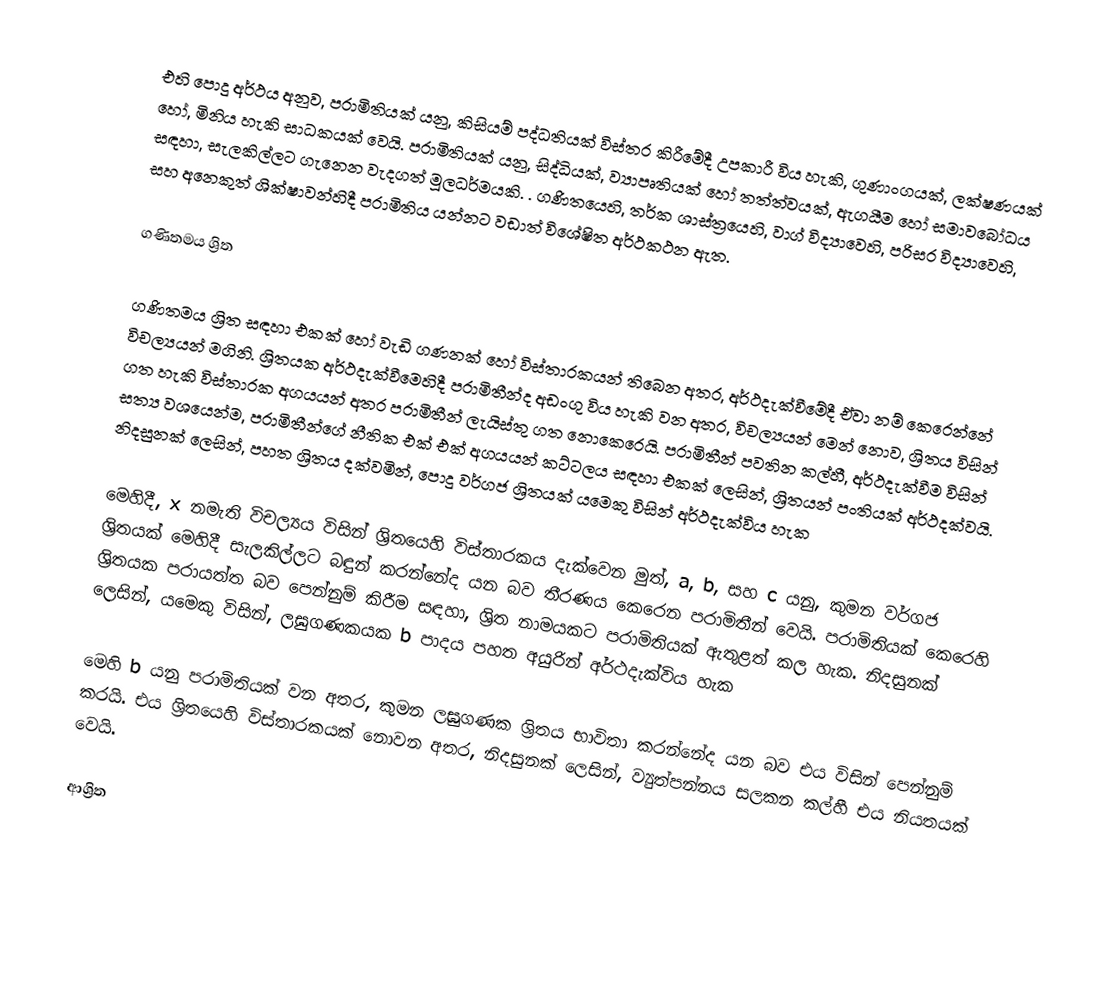
එහි පොදු අර්ථය අනුව, පරාමිතියක් යනු, කිසියම් පද්ධතියක් විස්තර කිරීමේදී උපකාරී විය හැකි, ගුණාංගයක්, ලක්ෂණයක් හෝ, මිනිය හැකි සාධකයක් වෙයි. පරාමිතියක් යනු, සිද්ධියක්, ව්‍යාපෘතියක් හෝ තත්ත්වයක්, ඇගයීම හෝ සමාවබෝධය සඳහා, සැලකිල්ලට ගැනෙන වැදගත් මූලධර්මයකි. .  ගණිතයෙහි, තර්ක ශාස්ත්‍රයෙහි, වාග් විද්‍යාවෙහි, පරිසර විද්‍යාවෙහි, සහ අනෙකුත් ශික්ෂාවන්හිදී  පරාමිතිය යන්නට වඩාත් විශේෂිත අර්ථකථන ඇත.

ගණිතමය ශ්‍රිත

ගණිතමය ශ්‍රිත සඳහා එකක් හෝ වැඩි ගණනක් හෝ විස්තාරකයන් තිබෙන අතර, අර්ථදැක්වීමේදී ඒවා නම් කෙරෙන්නේ විචල්‍යයන් මගිනි. ශ්‍රිතයක අර්ථදැක්වීමෙහිදී පරාමිතීන්ද අඩංගු විය හැකි වන අතර, විචල්‍යයන් මෙන් නොව, ශ්‍රිතය විසින් ගත හැකි විස්තාරක අගයයන් අතර පරාමිතීන් ලැයිස්තු ගත නොකෙරෙයි. පරාමිතීන් පවතින කල්හී, අර්ථදැක්වීම විසින් සත්‍ය වශයෙන්ම, පරාමිතීන්ගේ නීතික එක් එක් අගයයන් කට්ටලය සඳහා එකක් ලෙසින්, ශ්‍රිතයන් පංතියක් අර්ථදක්වයි. නිදසුනක් ලෙසින්, පහත ශ්‍රිතය දක්වමින්, පොදු වර්ගජ ශ්‍රිතයක් යමෙකු විසින් අර්ථදැක්විය හැක

මෙහිදී, x නමැති විචල්‍යය විසින් ශ්‍රිතයෙහි විස්තාරකය දැක්වෙන මුත්, a, b, සහ c යනු, කුමන වර්ගජ ශ්‍රිතයක් මෙහිදී සැලකිල්ලට බඳුන් කරන්නේද යන බව තීරණය කෙරෙන පරාමිතීන් වෙයි. පරාමිතියක් කෙරෙහි ශ්‍රිතයක පරායත්ත බව පෙන්නුම් කිරීම සඳහා, ශ්‍රිත නාමයකට පරාමිතියක් ඇතුළත් කල හැක. නිදසුනක් ලෙසින්, යමෙකු විසින්, ලඝුගණකයක b පාදය පහත අයුරින් අර්ථදැක්විය හැක

මෙහි b යනු පරාමිතියක් වන අතර, කුමන ලඝුගණක ශ්‍රිතය භාවිතා කරන්නේද යන බව එය විසින්  පෙන්නුම් කරයි. එය ශ්‍රිතයෙහි විස්තාරකයක් නොවන අතර, නිදසුනක් ලෙසින්, ව්‍යුත්පන්නය  සලකන කල්හී එය නියතයක් වෙයි.

ආශ්‍රිත